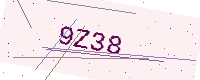
Text: 9Z38